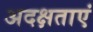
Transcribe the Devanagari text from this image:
अदक्षताएं